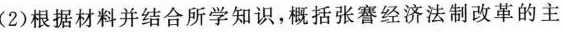
(2)根据材料并结合所学知识，概括张謇经济法制改革的主